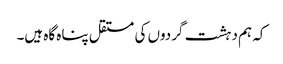
کہ ہم دہشت گردوں کی مستقل پناہ گاہ ہیں۔